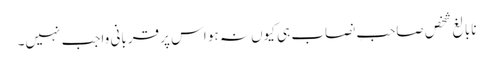
نابالغ شخص صاحبِ نصاب ہی کیوں نہ ہو اس پر قربانی واجب نہیں۔